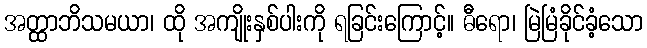
အတ္ထာဘိသမယာ၊ ထို အကျိုးနှစ်ပါးကို ရခြင်းကြောင့်။ ဓီရော၊ မြဲမြံခိုင်ခံ့သော